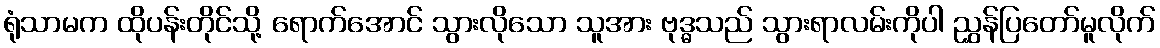
ရုံသာမက ထိုပန်းတိုင်သို့ ရောက်အောင် သွားလိုသော သူအား ဗုဒ္ဓသည် သွားရာလမ်းကိုပါ ညွှန်ပြတော်မူလိုက်